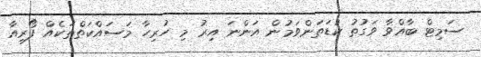
ސަމިޓް ބާއްވާ ވަގުތު ކުޑަތަންވަމުން އަންނަ އިރު މި ހުރިހާ މަސައްކަތްތަކެއް ފޯރިއާ